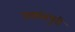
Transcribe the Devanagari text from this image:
उदयंतपुरी